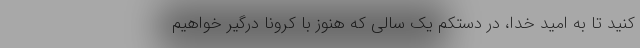
کنید تا به امید خدا، در دستکم یک سالی که هنوز با کرونا درگیر خواهیم